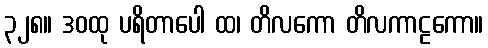
၃၂၈။ ဒဝထု ပရိတာပေါ ထ၊ တိလကော တိလကာဠကော။